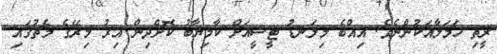
ރީތި ހަމަލާއަކުންނެވެ. އިއްބެ މިލަނޑު ޓީސީއަށް ކާމިޔާބު ކޮށްދިން އިރު މިރޭގެ މެޗުގައި